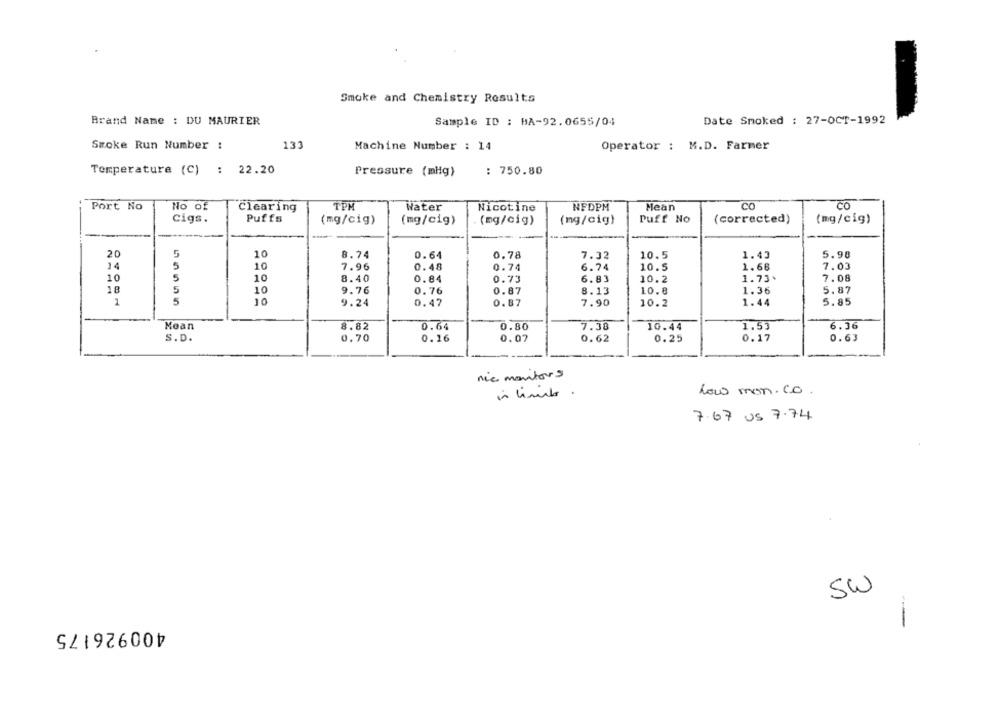
Smoke and Chemistry Results
Brand Name : DU MAURIER
Sample ID : BA-92.0655/04
Date Smoked : 27-OCT-1992
133
Smoke Run Number :
Machine Number : 14
Operator : M.D. Farmer
Temperature (C) : 22.20
Pressure (mHg)
: 750.80
Port No
No of
Clearing
TPM
Water
Nicotine
NFDPM
Mean
CO
cigs.
Puffs
(mg/cig)
(mg/cig)
(mg/cig)
(mg/cig)
Puff No
(corrected)
(mg/cig)
20
5
10
8.74
0.64
0.78
7.32
10.5
1.43
5.90
14
5
10
7.96
0.48
0.74
6.74
10.5
1.68
7.03
10
5
10
8.40
0.84
0.73
6.83
10.2
1.73+
7.08
18
5
10
5.87
9.76
0.76
0.87
8.13
10.8
1.36
1
5
10
9.24
0.47
0.87
7.90
10.2
1.44
5.85
-
Moan
10.44
1.53
6.36
8.82
0.64
0.80
7.38
S.D.
0.70
0.16
0.07
0.62
0.25
0.17
0.63
nic monitors
in limits .
Low mon.Co.
7.67 US 7.74
SW
400926175